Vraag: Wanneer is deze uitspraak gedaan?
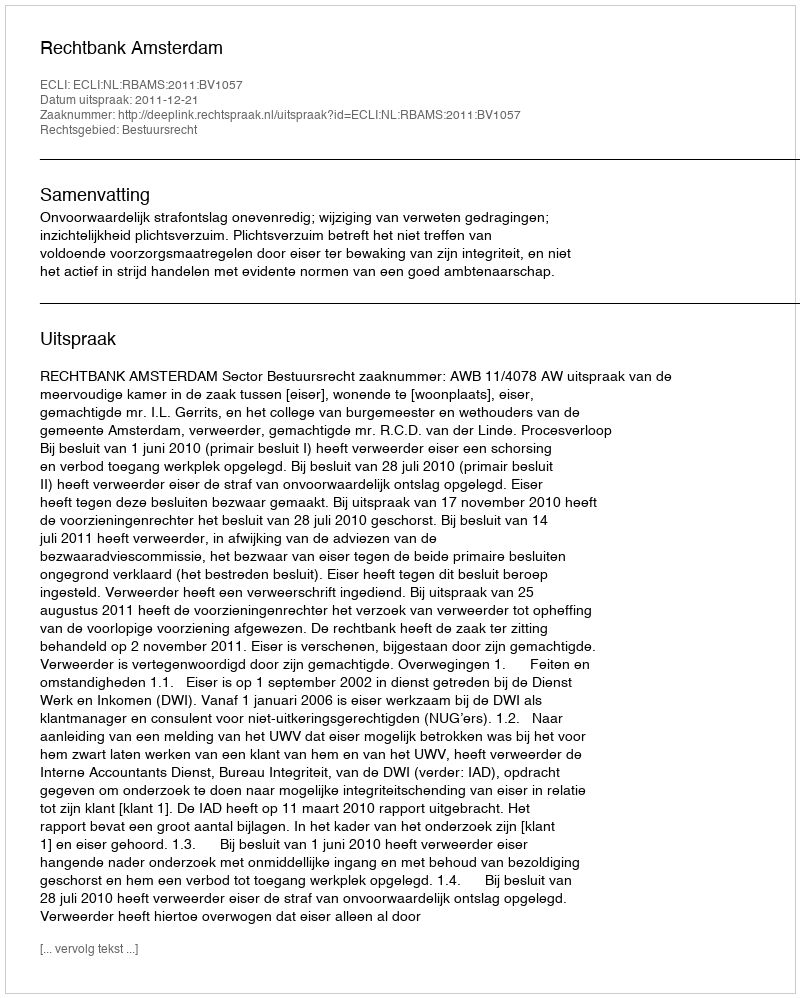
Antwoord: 2011-12-21